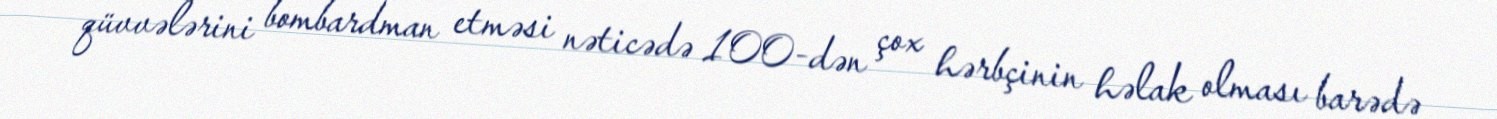
qüvvələrini bombardman etməsi nəticədə 100-dən çox hərbçinin həlak olması barədə